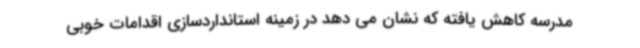
مدرسه کاهش یافته که نشان می دهد در زمینه استانداردسازی اقدامات خوبی